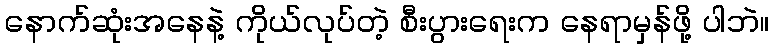
နောက်ဆုံးအနေနဲ့ ကိုယ်လုပ်တဲ့ စီးပွားရေးက နေရာမှန်ဖို့ ပါဘဲ။